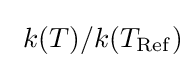
\ k(T)/k(T_{\rm {Ref}})